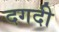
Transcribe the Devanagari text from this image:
दगदी